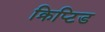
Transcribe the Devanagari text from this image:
क्रिप्टिड